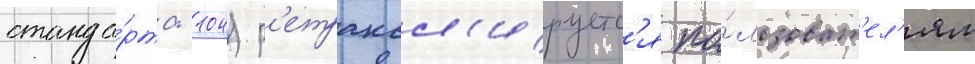
станда́рта -104) р'етрансл'ируетс'я по́льзоват'ел'ям